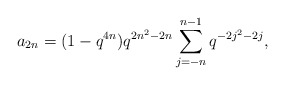
\begin{align*} a_{2n} = (1-q^{4n})q^{2n^2-2n}\sum_{j=-n}^{n-1}q^{-2j^2-2j},\end{align*}